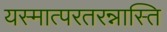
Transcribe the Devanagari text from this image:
यस्मात्परतरन्नास्ति